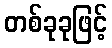
တစ်ခုခုဖြင့်